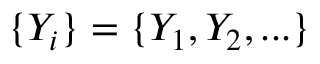
\{ Y _ { i } \} = \{ Y _ { 1 } , Y _ { 2 } , . . . \}